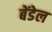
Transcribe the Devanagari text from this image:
बेंडेल